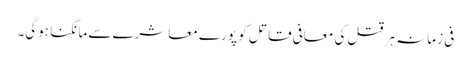
فی زمانہ ہر قتل کی معافی قاتل کو پورے معاشرے سے مانگنا ہوگی۔